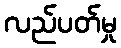
လည်ပတ်မှု